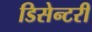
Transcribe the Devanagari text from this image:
डिसेन्टरी